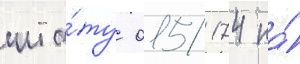
шта́ту 015/ 174 на́